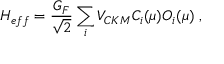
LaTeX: { \cal H } _ { e f f } = \frac { G _ { F } } { \sqrt 2 } \sum _ { i } V _ { C K M } C _ { i } ( \mu ) O _ { i } ( \mu ) \ ,